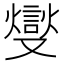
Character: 燮